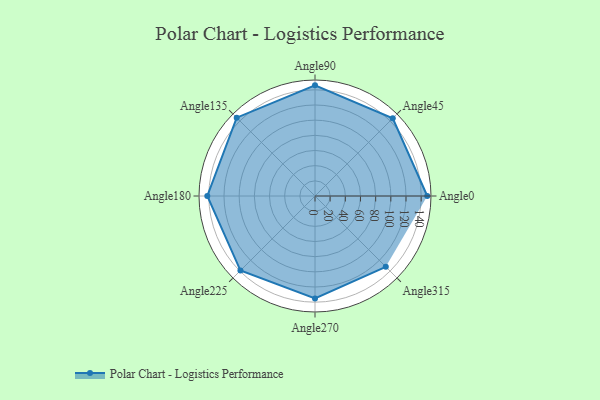
{"axis": {"x": "Angle", "y": "Radius"}, "legend": [""], "data": [{"x": "Angle0", "y": 148.0, "type": ""}, {"x": "Angle45", "y": 145.0, "type": ""}, {"x": "Angle90", "y": 146.0, "type": ""}, {"x": "Angle135", "y": 146.0, "type": ""}, {"x": "Angle180", "y": 142.0, "type": ""}, {"x": "Angle225", "y": 139.0, "type": ""}, {"x": "Angle270", "y": 135.0, "type": ""}, {"x": "Angle315", "y": 132.0, "type": ""}]}